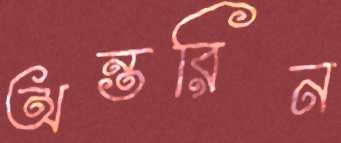
অন্তরিন